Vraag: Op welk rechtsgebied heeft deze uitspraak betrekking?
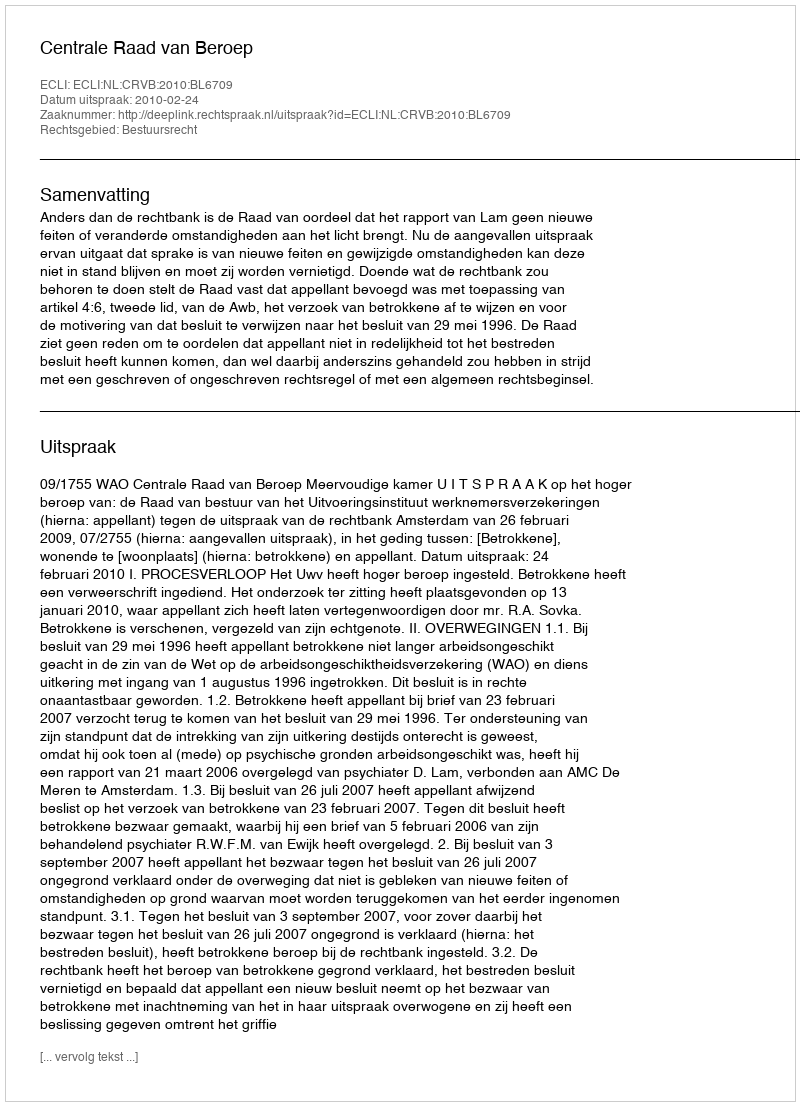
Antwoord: Bestuursrecht